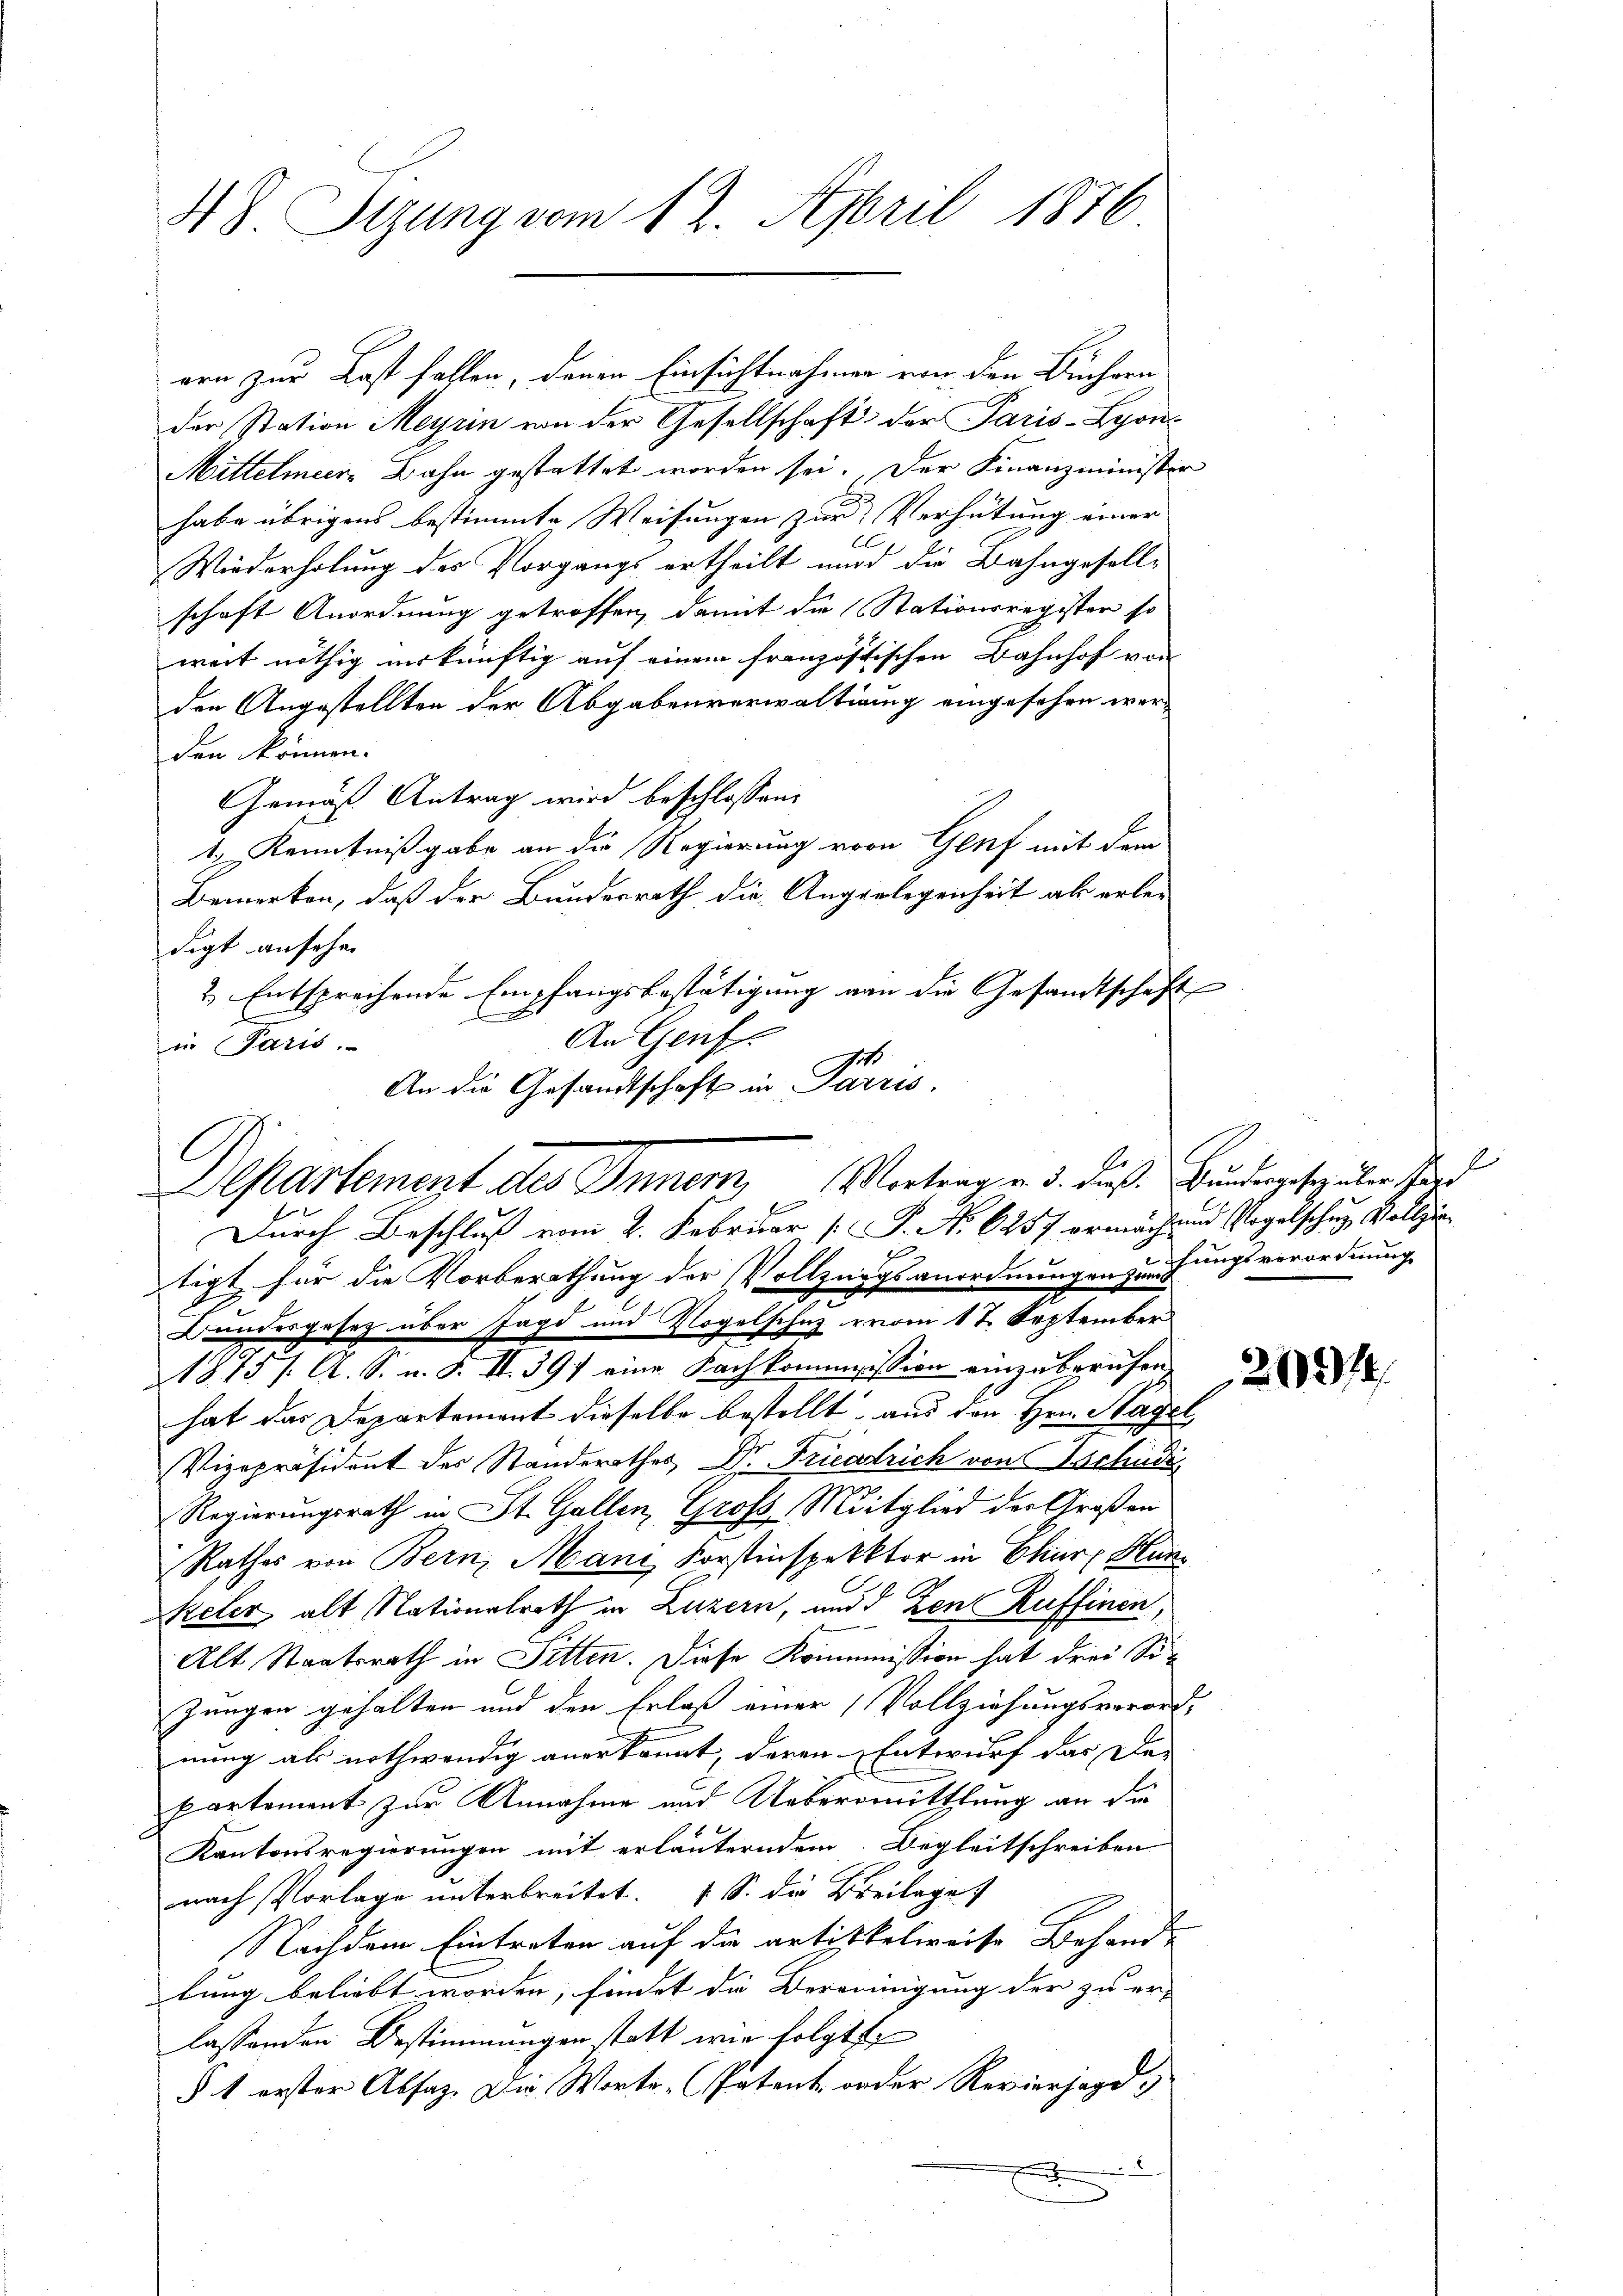
48 Tigung vom 12. April 1876

orn zur Last fallen, denen Einsichtnahmen von den Büchern
der Station Meyrin von der Gesellschaft der Paris - Lyon¬
Mittelmeer, Bahn gestattet worden sei. Der Finanzminister
habe übrigens bestimmte Weisungen zur Verhütung einer
l
Wiederholung des Vorgangs ertheilt und die Bahngesellschaft Anordnung getroffen, damit die (Stationsregister so
weit nöthig inskünftig auf einem französischen Bahnhof von |
den Angestellten der Abgabenverwaltig eingesehen wer-
den können.
Gemäß Antrag wird beschlossen:
1, Kenntnißgabe an die Regierung vor Genf mit dem
Bemerken, daß der Bundesrath die Angelegenheit als erledigt ansehen
2) Entsprechende Empfangsbestätigung von die Gesandtschaft
.
An Genf
in Paris.
An die Gesandtschaft in Parris.
tigt für die Vorberathung der Vollzungsanordnungen zu fungsverordnung
Bundesgesetz über Jagd und Vogelschutz vom 17. September
1875 /. A. S. u. d. II. 397 eine Nachkommission einzuberufen.
hat das Departement dieselbe bestellt, aus der Hrn. Staget,
Vizepräsident des Standerathes Dr. Friedrich von Tschudi
Regierungsrath in St. Gallen, Groß-Mitglied der Großen
Rathes von Bern, Mani Forstinspektor in Chur Han¬
Keler alt Nationalrath in Luzern, und d Zen Ruffinen,
Alt Staatsrath in Sitten. Diese Krummission hat drei Si¬
Jungen gehalten und den Erlaß einer Vollziehungsverordnung als nothwendig anerkannt, deren Entwurf das De- |
partement zur Annahme und Uebermittlung an die
Kantonsregierungen mit erläuterndem Begleitschreiben
nach Vorlage unterbreitet. (S. die Breilage
Nachdem Eintreten auf die artiskelweise Behandbung beliebt worden, findet die Vereinigung der zu er- |
lassenden Bestimmungen statt wie folgte
§ 1 erster Absaz. Die Worte (Patent oder Reviersage.

Departement des Innern, Vortrag v. 3. dieß. Bundergesetz über der
Durch Beschluß vom 2. Februar [S. No 6257 ermächtend Vogelsche Vollzu

A

E

20974.